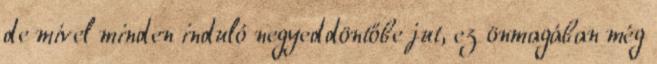
de mivel minden induló negyeddöntőbe jut, ez önmagában még